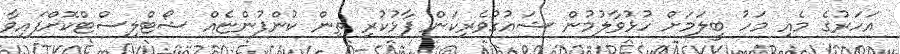
އަހަރުގެ މެއި މަހު ބީލަމަށް ހުޅުވާލުމުން ޝައުގުވެރިކަން ފާޅުކުރި ތިން ކުންފުންޏެއް ޝޯޓްލިސްޓްކޮށްފައިވާ